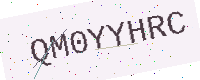
Text: QM0YYHRC